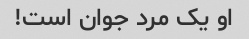
او یک مرد جوان است!